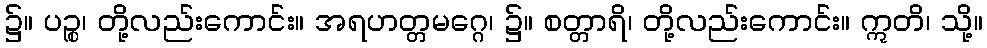
၌။ ပဉ္စ၊ တို့လည်းကောင်း။ အရဟတ္တမဂ္ဂေ၊ ၌။ စတ္တာရိ၊ တို့လည်းကောင်း။ ဣတိ၊ သို့။